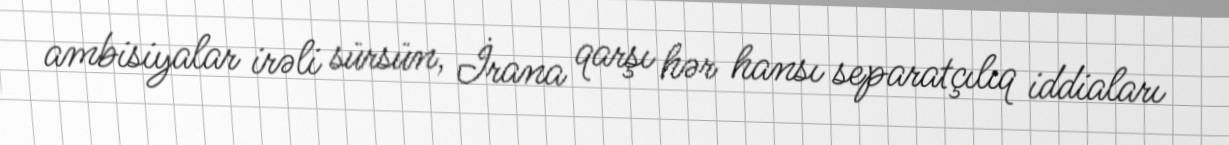
ambisiyalar irəli sürsün, İrana qarşı hər hansı separatçılıq iddiaları